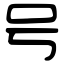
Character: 号